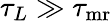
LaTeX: \tau_{L}\gg\tau_{\mathrm{mr}}